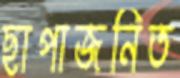
ছাপাজনিত